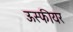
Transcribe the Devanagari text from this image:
ऊस्फीयर